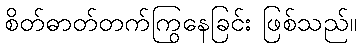
စိတ်ဓာတ်တက်ကြွနေခြင်း ဖြစ်သည်။